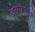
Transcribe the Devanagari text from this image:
देवयजन